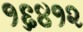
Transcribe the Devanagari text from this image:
१६४१२